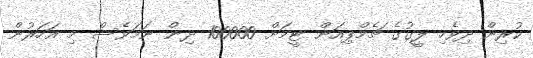
ކުރިން ދިވެހި ލީގުގެ ޗެމްޕިއަން ޓީމަށް 100000 ދިން ނަމަވެސް މި އަހަރުން